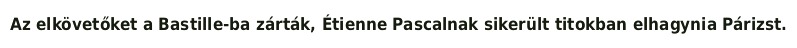
Az elkövetőket a Bastille-ba zárták, Étienne Pascalnak sikerült titokban elhagynia Párizst.